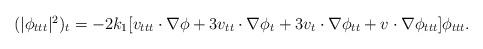
LaTeX: \begin{align*}\begin{array}{ll}(|\phi_{ttt}|^2)_t =- 2 k_1 [v_{ttt}\cdot\nabla\phi + 3v_{tt}\cdot\nabla\phi_t + 3v_t\cdot\nabla\phi_{tt} +v\cdot\nabla\phi_{ttt}]\phi_{ttt}.\end{array}\end{align*}